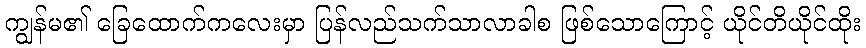
ကျွန်မ၏ ခြေထောက်ကလေးမှာ ပြန်လည်သက်သာလာခါစ ဖြစ်သောကြောင့် ယိုင်တိယိုင်ထိုး